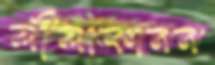
লীলাকানন